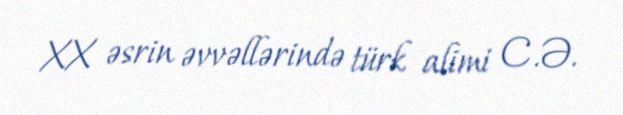
XX əsrin əvvəllərində türk alimi C.Ə.